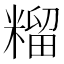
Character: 𮇶